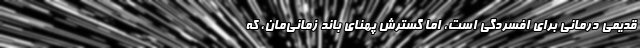
قدیمیْ درمانی برای افسردگی است، اما گسترش پهنای باند زمانی‌مان، که